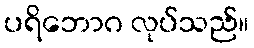
ပရိဘောဂ လုပ်သည်။